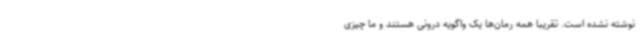
نوشته نشده است. تقریبا همه رمان‌ها یک واگویه درونی هستند و ما چیزی